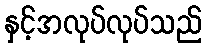
နှင့်အလုပ်လုပ်သည်